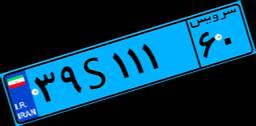
۳۹S۱۱۱۶۰